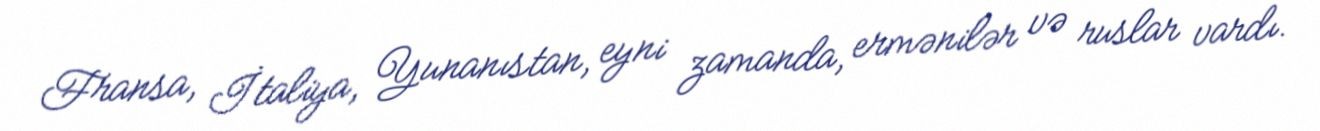
Fransa, İtaliya, Yunanıstan, eyni zamanda, ermənilər və ruslar vardı.